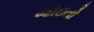
જોઇતો